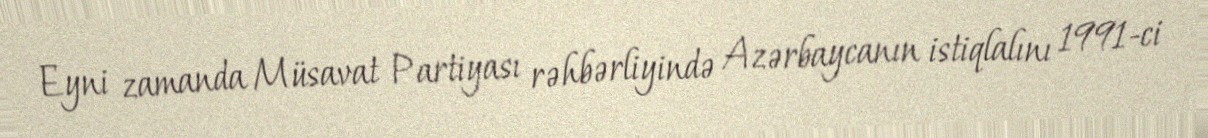
Eyni zamanda Müsavat Partiyası rəhbərliyində Azərbaycanın istiqlalını 1991-ci